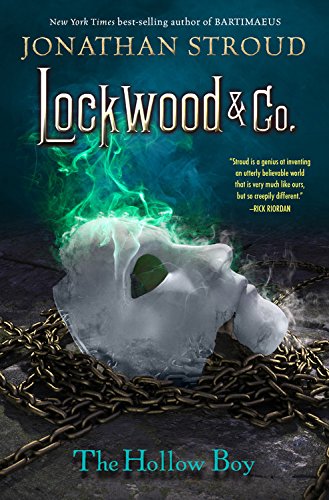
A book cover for Lockwood & Co. Book Three The Hollow Boy; Jonathan Stroud; Children's Books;